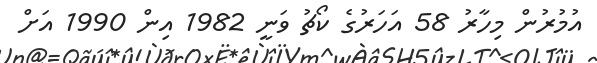
އުމުރުން މިހާރު 58 އަހަރުގެ ކޯޗު ވަނީ 1982 އިން 1990 އަށް